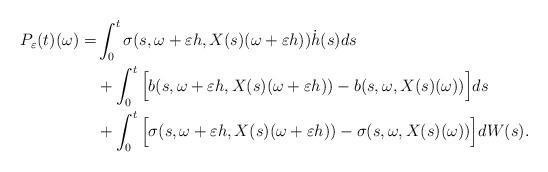
LaTeX: \begin{align*}P_\varepsilon(t)(\omega) =& \int_0^t \sigma(s, \omega+\varepsilon h, X(s)(\omega+\varepsilon h)) \dot{h}(s) ds\\&+\int_0^t \Big[ b(s, \omega+\varepsilon h, X(s)(\omega + \varepsilon h)) - b(s, \omega, X(s)(\omega))\Big] ds\\&+\int_0^t \Big[ \sigma(s, \omega+\varepsilon h, X(s)(\omega + \varepsilon h)) - \sigma(s, \omega, X(s)(\omega))\Big] dW(s).\end{align*}